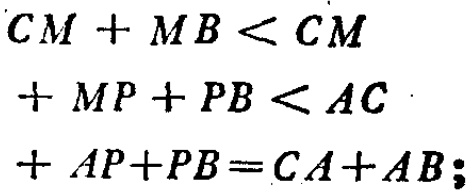
\(CM + MB < CM + MP + PB < AC + AP + PB = CA + AB;\)